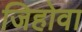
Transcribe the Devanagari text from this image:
जिहोवा